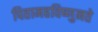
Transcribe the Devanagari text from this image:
पितामहविष्णुनते